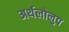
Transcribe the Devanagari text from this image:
अर्थलोलुप